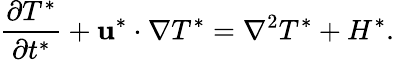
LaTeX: \frac{\partial T^{*}}{\partial t^{*}}+\mathbf{u}^{*}\cdot\nabla T^{*}=\nabla^{2}T^{*}+H^{*}.